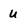
Character: U